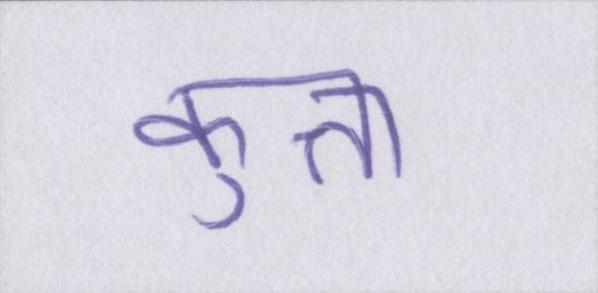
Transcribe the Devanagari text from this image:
कुत्ता